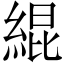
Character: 緄